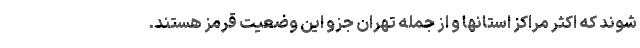
شوند که اکثر مراکز استانها و از جمله تهران جزو این وضعیت قرمز هستند.